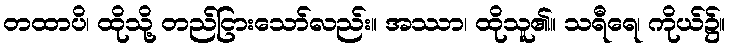
တထာပိ၊ ထိုသို့ တည်ငြားသော်လည်း။ အဿာ၊ ထိုသူ၏။ သရီရေ၊ ကိုယ်၌။